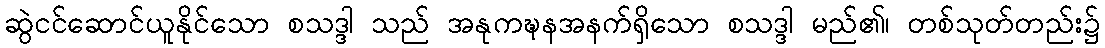
ဆွဲငင်ဆောင်ယူနိုင်သော စသဒ္ဒါ သည် အနုကဍ္ဎနအနက်ရှိသော စသဒ္ဒါ မည်၏၊ တစ်သုတ်တည်း၌